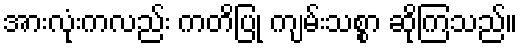
အားလုံးကလည်း ကတိပြု ကျမ်းသစ္စာ ဆိုကြသည်။